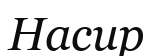
Насир